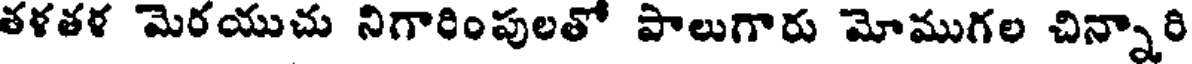
తళతళ మెరయుచు నిగారింపులతో పాలుగారు మోముగల చిన్నారి